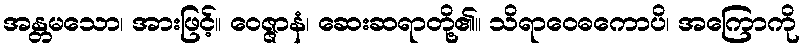
အန္တမသော၊ အားဖြင့်။ ဝေဇ္ဇာနံ၊ ဆေးဆရာတို့၏။ သိရာဝေဓကောပိ၊ အကြောကို